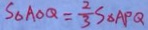
S _ { \Delta A O Q } = \frac { 2 } { 3 } S _ { \Delta A P Q }